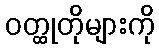
ဝတ္ထုတိုများကို